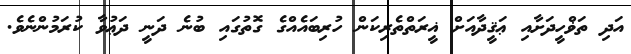
އަދި ތަޥްހީދަށާއި ޢަޤީދާއަށް ޣީރަތްތެރިކަން ހުރިބައެއްގެ ގޮތުގައި ބުނެ ދަނީ ދަޢުވާ ކުރަމުންނެވެ.